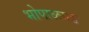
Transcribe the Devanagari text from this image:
भोपाळगड